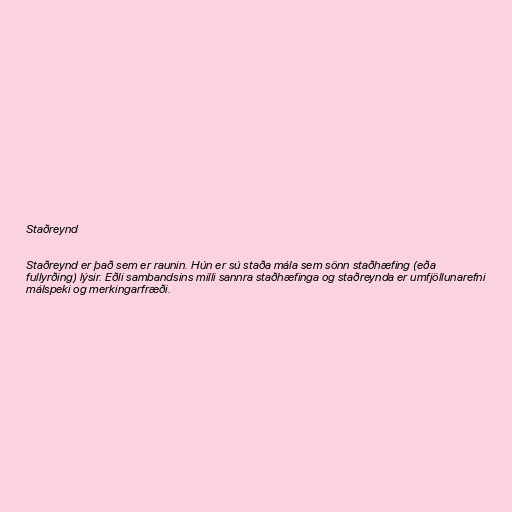
Staðreynd

Staðreynd er það sem er raunin. Hún er sú staða mála sem sönn staðhæfing (eða
fullyrðing) lýsir. Eðli sambandsins milli sannra staðhæfinga og staðreynda er umfjöllunarefni
málspeki og merkingarfræði.